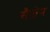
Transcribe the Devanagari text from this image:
सैजेन